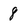
Character: 8